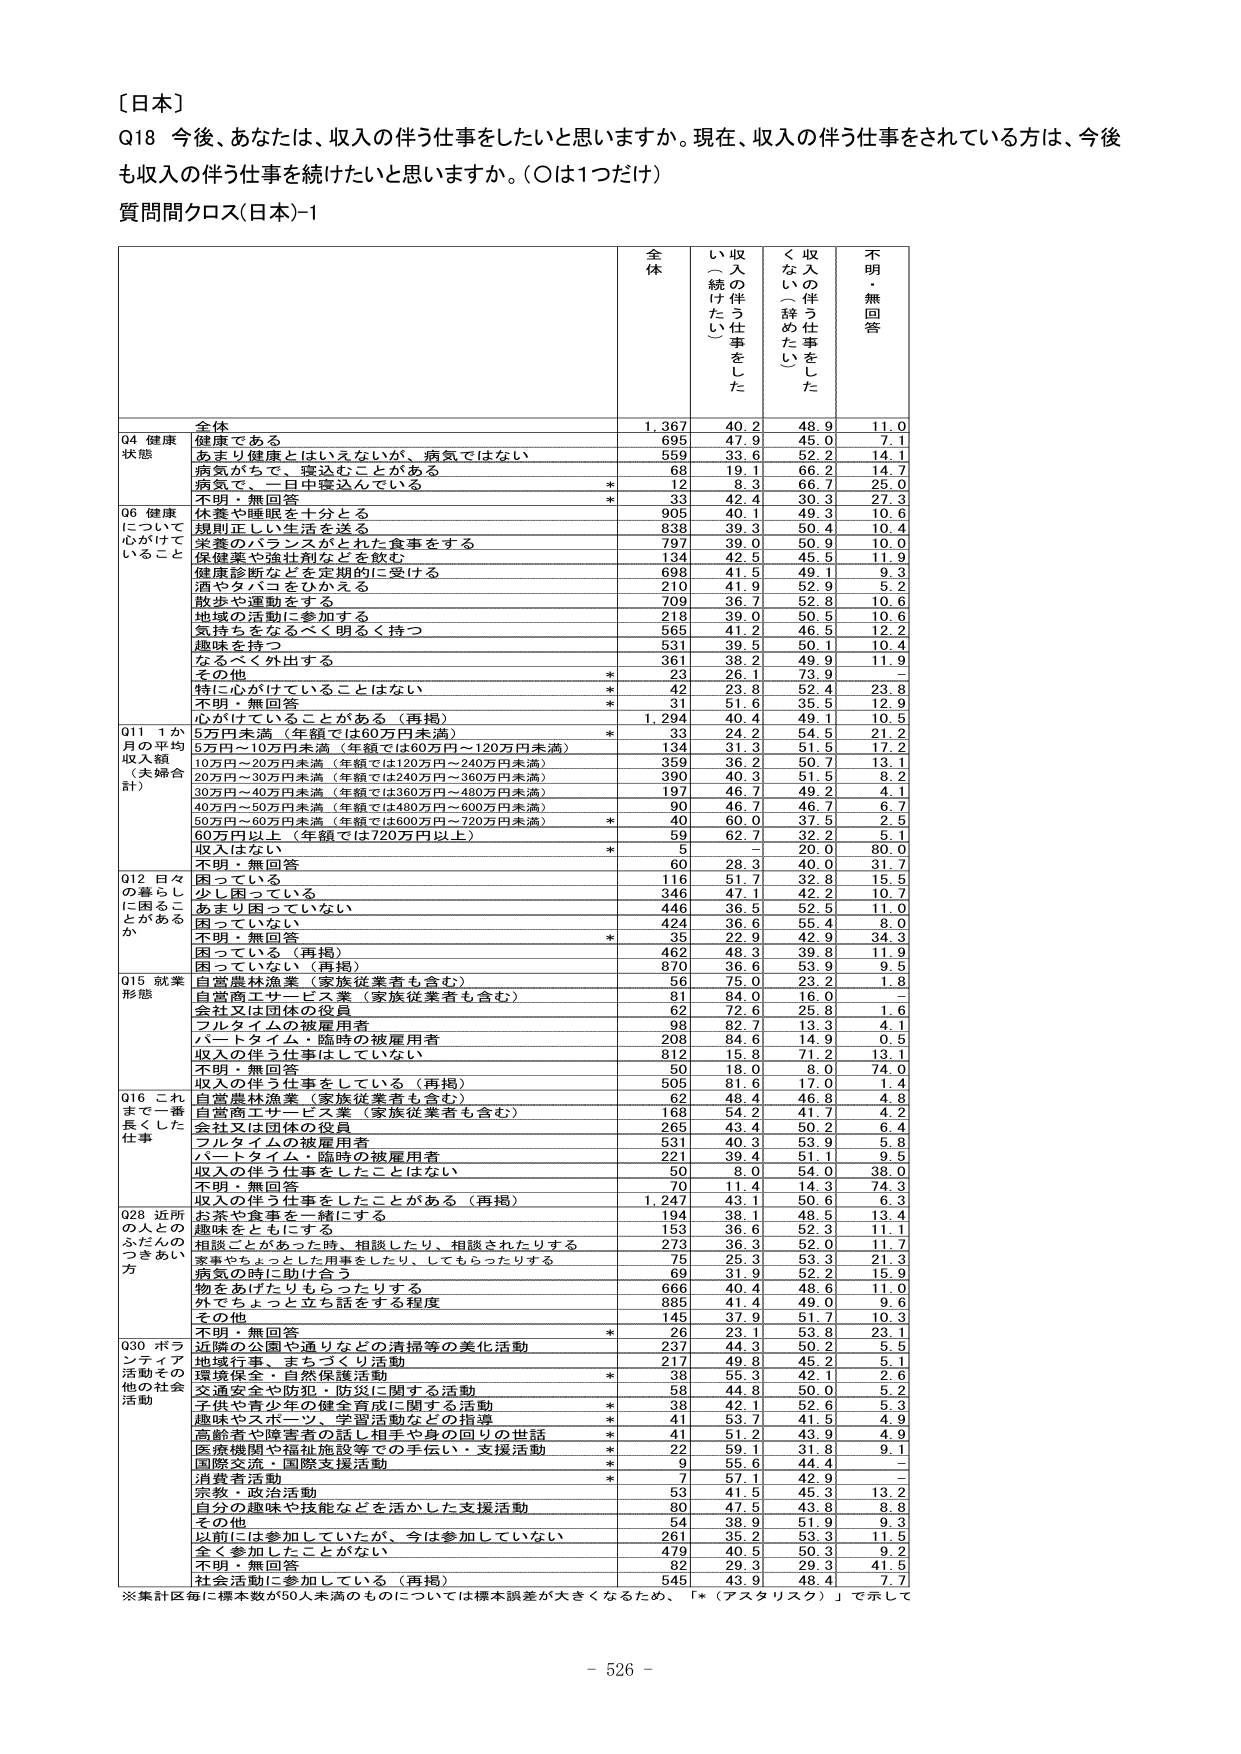
〔日本〕

Q18 今後、あなたは、収入の伴う仕事をしたいと思いますか。現在、収入の伴う仕事をされている方は、今後も収入の伴う仕事を続けたいと思いますか。（○は1つだけ）

質問間クロス（日本）-1

全 体
収入の伴う仕事をした（続いたい）
収入の伴う仕事をした（辞めたたい）
不明・無回答

04 健康状態
全体
1,367
40.2
48.9
11.0
健康である
695
47.9
45.0
7.1
あまり健康とはいえないが、病気ではない
559
33.6
52.2
14.1
病気がちで、寝込むことがある
68
19.1
66.2
14.7
病気で、一目中寝込んでいる
*
12
8.3
66.7
25.0
不明・無回答
*
33
42.4
30.3
27.3

06 健康について心がけていること
休養や睡眠を十分とる
905
40.1
49.3
10.6
規則正しい生活を送る
838
39.3
50.4
10.4
栄養のバランスがとれた食事をする
797
39.0
50.9
10.0
保健薬や強壮剤などを飲む
134
42.5
45.5
11.9
健康診断などを定期的に受ける
698
41.5
49.1
9.3
酒やタバコをひかえる
210
41.9
52.9
5.2
散歩や運動をする
709
36.7
52.8
10.6
地域の活動に参加する
218
39.0
50.5
10.6
気持ちをなるべく明るく持つ
565
41.2
46.5
12.2
趣味を持つ
531
39.5
50.1
10.4
なるべく外出する
361
38.2
49.9
11.9
その他
*
23
26.1
73.9
-
特に心がけていることはない
*
42
23.8
52.4
23.8
不明・無回答
*
31
51.6
35.5
12.9
心がけていることがある（再掲）
*
1,294
40.4
49.1
10.5

011 1か月の平均収入額（夫婦合計）
5万円未満（年額では60万円未満）
*
33
24.2
54.5
21.2
5万円～10万円未満（年額では60万円～120万円未満）
134
31.3
51.5
17.2
10万円～20万円未満（年額では120万円～240万円未満）
359
36.2
50.7
13.1
20万円～30万円未満（年額では240万円～360万円未満）
390
40.3
51.5
8.2
30万円～40万円未満（年額では360万円～480万円未満）
197
46.7
49.2
4.1
40万円～50万円未満（年額では480万円～600万円未満）
90
46.7
46.7
6.7
50万円～60万円未満（年額では600万円～720万円未満）
*
40
60.0
37.5
2.5
60万円以上（年額では720万円以上）
59
62.7
32.2
5.1
収入はない
*
5
-
20.0
80.0
不明・無回答
60
28.3
40.0
31.7

012 日々の暮らしに困ることがあるか
困っている
116
51.7
32.8
15.5
少し困っている
346
47.1
42.2
10.7
あまり困っていない
446
36.5
52.5
11.0
困っていない
424
36.6
55.4
8.0
不明・無回答
*
35
22.9
42.9
34.3
困っている（再掲）
462
48.3
39.8
11.9
困っていない（再掲）
870
36.6
53.9
9.5

015 就業形態
自営農林漁業（家族従業者も含む）
56
75.0
23.2
1.8
自営商工サービス業（家族従業者も含む）
81
84.0
16.0
-
会社又は団体の役員
62
72.6
25.8
1.6
フルタイムの被雇用者
98
82.7
13.3
4.1
パートタイム・臨時の被雇用者
208
84.6
14.9
0.5
収入の伴う仕事をしていない
812
15.8
71.2
13.1
不明・無回答
50
18.0
8.0
74.0
収入の伴う仕事をしている（再掲）
505
81.6
17.0
1.4

016 これまで一番長くした仕事
自営農林漁業（家族従業者も含む）
62
48.4
46.8
4.8
自営商工サービス業（家族従業者も含む）
168
54.2
41.7
4.2
会社又は団体の役員
265
43.4
50.2
6.4
フルタイムの被雇用者
531
40.3
53.9
5.8
パートタイム・臨時の被雇用者
221
39.4
51.1
9.5
収入の伴う仕事をしたことはない
50
8.0
54.0
38.0
不明・無回答
70
11.4
14.3
74.3
収入の伴う仕事をしたことがある（再掲）
1,247
43.1
50.6
6.3

028 近所の人とのふだんのつきあい方
お茶や食事を一緒にする
194
38.1
48.5
13.4
趣味をともにする
153
36.6
52.3
11.1
相談ことがあった時、相談したり、相談されたりする
273
36.3
52.0
11.7
仕事やちょっとした用事をしたり、してもらったりする
75
25.3
53.3
21.3
病気の時に助け合う
69
31.9
52.2
15.9
物をあげたりもらったりする
666
40.4
48.6
11.0
外でちょっと立ち話をする程度
885
41.4
49.0
9.6
その他
145
37.9
51.7
10.3
不明・無回答
*
26
23.1
53.8
23.1

030 ボランティア活動その他の社会活動
近隣の公園や通りなどの清掃等の美化活動
237
44.3
50.2
5.5
地域行事・まちづくり活動
217
49.8
45.2
5.1
環境保全・自然保護活動
*
38
55.3
42.1
2.6
交通安全や防犯・防災に関する活動
58
44.8
50.0
5.2
子供や青少年の健全育成に関する活動
*
38
42.1
52.6
5.3
趣味やスポーツ・学習活動などの指導
*
41
53.7
41.5
4.9
障害者や障害者の話し相手や身の回りの世話
*
41
51.2
43.9
4.9
医療機関や福祉施設等での手伝い・支援活動
*
22
59.1
31.8
9.1
国際交流・国際支援活動
*
9
55.6
44.4
-
消費者活動
*
7
57.1
42.9
-
宗教・政治活動
53
41.5
45.3
13.2
自分の趣味や技能などを活かした支援活動
80
47.5
43.8
8.8
その他
54
38.9
51.9
9.3
以前には参加していたが、今は参加していない
261
35.2
53.3
11.5
全く参加したことがない
479
40.5
50.3
9.2
不明・無回答
82
29.3
29.3
41.5
社会活動に参加している（再掲）
545
43.9
48.4
7.7

※集計区毎に標本数が50人未満のものについては標本誤差が大きくなるため、「*（アスタリスク）」で示して

- 526 -